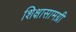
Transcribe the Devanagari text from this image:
शिक्षासामग्री